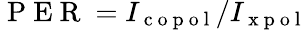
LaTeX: \mathrm{~P~E~R~}=I_{\mathrm{~c~o~p~o~l~}}/I_{\mathrm{~x~p~o~l~}}